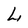
Character: L